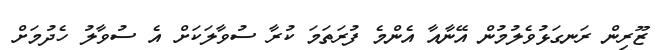
ޒޫރިން ރަނގަޅުވެލުމުން އޭނާއާ އެންމެ ފުރަތަމަ ކުރާ ސުވާލަކަށް އެ ސުވާލު ހެދުމަށް